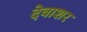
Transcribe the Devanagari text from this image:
देवाशर